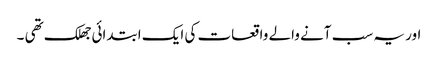
اور یہ سب آنے والے واقعات کی ایک ابتدائی جھلک تھی ۔